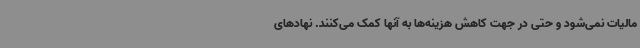
مالیات نمی‌شود و حتی در جهت کاهش هزینه‌ها به آنها کمک می‌کنند. نهادهای